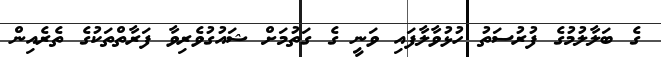
ގެ ބަލާލުމުގެ ފުރުސަތު ހުޅުވާލާފައި ވަނީ ގެ ގަތުމަށް ޝައުގުވެރިވާ ފަރާތްތަކުގެ ތެރެއިން